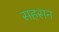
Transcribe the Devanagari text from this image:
सहसन